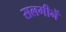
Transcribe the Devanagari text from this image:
सलगीनें